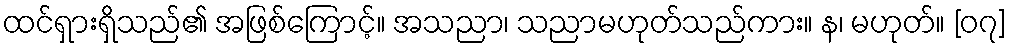
ထင်ရှားရှိသည်၏ အဖြစ်ကြောင့်။ အသညာ၊ သညာမဟုတ်သည်ကား။ န၊ မဟုတ်။ [၀၇]